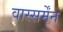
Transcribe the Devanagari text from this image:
वास्सर्मेंन